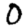
Digit: 0